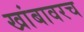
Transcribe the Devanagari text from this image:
खांबावरच